Document type: Anniversary endowment
Year: 1486
Scribe: Bartomeu Masons
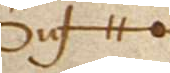
Sig